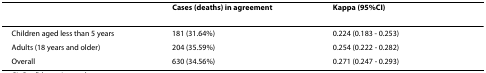
<table><thead><tr><td></td><td><b>Cases (deaths) in agreement</b></td><td><b>Kappa (95%CI)</b></td></tr></thead><tbody><tr><td>Children aged less than 5 years</td><td>181 (31.64%)</td><td>0.224 (0.183 - 0.253)</td></tr><tr><td>Adults (18 years and older)</td><td>204 (35.59%)</td><td>0.254 (0.222 - 0.282)</td></tr><tr><td>Overall</td><td>630 (34.56%)</td><td>0.271 (0.247 - 0.293)</td></tr></tbody></table>